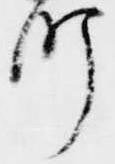
町